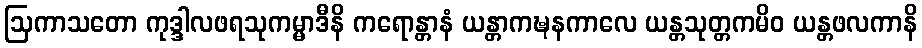
ဩကာသတော ကုဒ္ဒါလဖရသုကမ္မာဒီနိ ကရောန္တာနံ ယန္တာကဍ္ဎနကာလေ ယန္တသုတ္တကမိဝ ယန္တဖလကာနိ